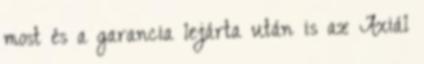
most és a garancia lejárta után is az Axiál